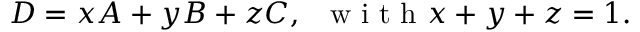
D = x A + y B + z C , \; \; \mathrm { ~ w ~ i ~ t ~ h ~ } x + y + z = 1 .